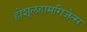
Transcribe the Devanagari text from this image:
होशूलहामगिज़ेत्स